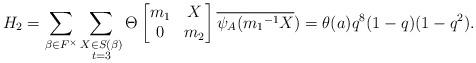
LaTeX: \begin{align*} H_2=\displaystyle \sum_{\beta \in F^{\times}} \sum_{\substack{X\in S(\beta) \\ t=3 }}\Theta \begin{bmatrix} m_1 & X\\0 & m_2\end{bmatrix}\overline{\psi_A({m_1}^{-1}X})=\theta(a)q^8(1-q)(1-q^2).\end{align*}